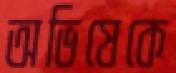
অভিষেকে